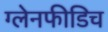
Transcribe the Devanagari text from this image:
ग्लेनफीडिच